Report on the Civil Veterinary Department, Eastern Bengal and Assam - 1907-1911
Year: 1907
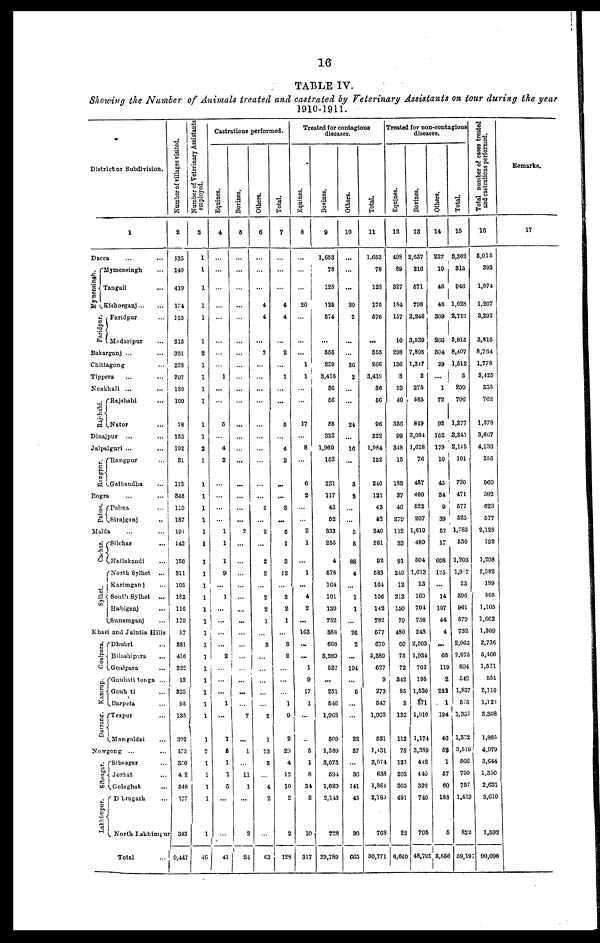
16
TABLE IV.
Showing the Number of Animals treated and castrated by Veterinary Assistants on tour during the year
1910-1911.
Dis tr ict or Subdivision.
1
Dacca
Mymensingh.
Mymensingh ...
Tangail ...
Kishorganj ... ...
Faridpur.
Faridpur ...
Madaripur ...
Bakarganj ... ...
Chittagong ...
Tippera ... ...
Noakhali ... ...
hahi.
Rajs
1
Rajshahi ...
Nator ...
Dinajpur ... ...
Jalpaiguri ... ...
Rangpur.
Bogra
Pabna.
Rangpur ...
Gaibandha ...
...
Pabna
Sirajganj ...
Malda ... ...
Cachar.
Sylhet.
Silchar ...
Hailakandi ...
North Sylhet ...
Karimganj ...
South Sylhet
...
Habiganj ...
Sunamganj ...
Khasi and Jaintia Hills
Goalpara.
Kamrup.
Darrang.
Dhubri ...
Bilashipara
...
Goalpara ...
Gauhati tonga ...
Gauhati ...
Barpeta ...
Tezpur ...
Mangaldai ...
Nowgong ... ...
Sibsagar.
Lakhimpur.
Sibsagar ...
Jorhat ...
Colaghat ...
Dibrugarh ...
North Lakhimpur
Total
...
Number of villages visited.
2
135
140
410
174
155
315
361
228
207
130
109
78
153
192
31
113
346
110
187
194
142
156
311
105
182
116
170
17
381
416
322
12
335
95
135
392
473
350
4 2
548
177
343
0.447
Number of Veterinary Assistants
employed.
3
1
1
1
1
1
1
2
1
1
1
1
1
1
2
1
1
1
1
1
1
1
1
1
1
1
1
1
1
1
1
1
1
1
1
1
1
2
1
1
1
1
1
40
Castrations performed.
Equines.
4
...
...
...
...
...
1
...
...
5
...
4
2
...
...
...
...
1
1
1
9
...
1
...
...
...
...
2
...
...
...
1
...
1
5
1
1
5
...
...
41
Bovines.
5
...
...
...
...
...
...
...
...
...
...
...
...
...
...
...
2
...
...
...
...
...
...
...
...
...
...
...
...
...
...
7
...
1
...
11
1
...
2
24
Others.
6
4
4
...
2
...
...
...
...
...
...
...
...
...
3
...
2
...
2
3
...
2
2
1
...
3
...
...
...
...
...
2
1
23
3
...
4
2
...
63
Total.
7
4
4
...
2
...
1
...
...
5
...
4
2
...
...
3
...
6
1
3
12
...
3
2
1
...
3
2
...
...
...
1
9
2
29
4
12
10
2
2
123
Treated for contagious
diseases.
Equines.
8
...
20
...
...
1
1
...
...
17
...
8
...
6
2
...
...
2
1
...
1
...
4
2
...
163
...
...
1
9
17
1
...
...
5
1
8
34
3
10
317
Bovines.
9
1,653
78
128
125
574
...
355
229
3,416
36
60
55
322
1,960
152
231
117
43
62
333
255
4
678
164
101
139
782
388
668
3,380
522
...
251
646
1,962
600
1,389
3,073
594
1,689
2,143
728
29,789
Others.
10
...
...
...
30
2
...
...
36
2
...
...
24
...
16
...
3
8
...
...
5
5
88
4
...
1
1
...
26
2
...
104
...
5
...
...
22
37
...
36
141
43
30
665
Total.
11
1,653
78
128
175
676
...
355
266
3,410
36
56
96
322
1,084
152
240
121
43
62
340
261
92
583
164
106
142
782
677
670
3,389
627
9
273
647
1,902
631
1,431
3,074
638
1,864
2,180
763
30,771
Treated for non-contagious
diseases.
Equines.
12
498
89
327
184
157
10
208
136
3
23
49
336
99
348
15
183
37
46
279
112
33
91
240
12
213
150
79
480
60
75
72
342
85
3
133
112
78
123
203
305
491
22
6,640
Bovines.
13
2,637
216
571
798
2,246
3,539
7,805
1,317
2
275
585
849
3,094
1,618
76
487
400
622
207
1,619
480
504
1,613
13
169
704
756
248
2,003
1,934
703
198
1,530
571
1,010
1,174
3,389
412
440
392
740
795
48,701
Others.
14
227
10
48
46
309
266
304
29
...
...
72
92
162
179
10
45
34
9
39
62
17
608
125
...
14
107
44
4
...
66
119
2
222
1
184
46
62
1
67
60
188
5
3,856
Total.
15
3,362
315
946
1,028
2,712
3,815
8,407
1,512
5
299
706
1,277
3,343
2,145
101
720
471
677
525
1,783
530
1,203
1,947
25
396
961
879
732
2,063
2,075
804
542
1,837
575
1.337
1,332
3,519
566
700
757
1,419
822
59,197
Total number of cases treated
and castrations performed.
16
5,015
393
1,074
1,207
3,292
3,815
8,764
1,778
3,425
335
762
1,378
3,667
4,133
255
960
592
623
577
2,128
792
1,298
2,582
1S9
505
1.105
1,662
1,309
2,736
5,466
1,521
551
2,110
1,123
3.308
1,865
4,979
3,644
1.350
2,631
3,010
1,592
90,096
Remarks.
17